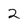
Character: 2